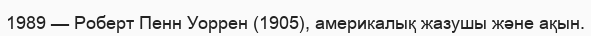
1989 — Роберт Пенн Уоррен (1905), америкалық жазушы және ақын.